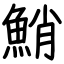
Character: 鮹